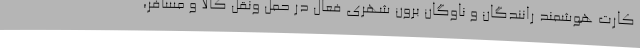
کارت هوشمند رانندگان و ناوگان برون شهری فعال در حمل ونقل کالا و مسافر،